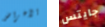
الأغراض جايتس